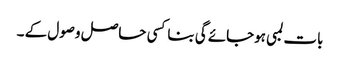
بات لمبی ہوجائے گی بناکسی حاصل وصول کے ۔